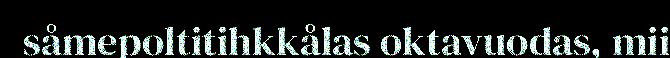
såmepoltitihkkålas oktavuodas, mii